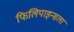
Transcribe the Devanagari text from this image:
फिलिपाइन्सला